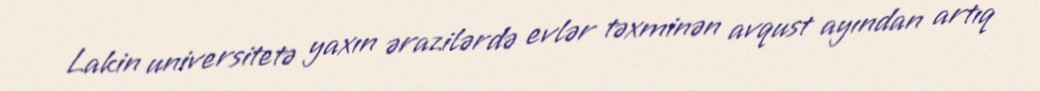
Lakin universitetə yaxın ərazilərdə evlər təxminən avqust ayından artıq